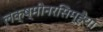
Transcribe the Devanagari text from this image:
लक्ष्मीनरसिम्हैया